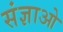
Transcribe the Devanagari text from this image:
संज्ञाओ